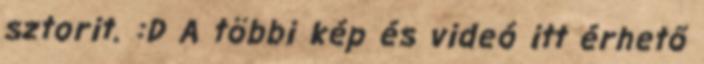
sztorit. :D A többi kép és videó itt érhető